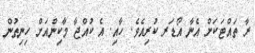
ރާ ތައްޓަކަށް އެނާ އޯޑަރ ކުރިއެވެ. ހާއި. އެ ކުއްޖާ މާކިންއަށް ހިނިތުން